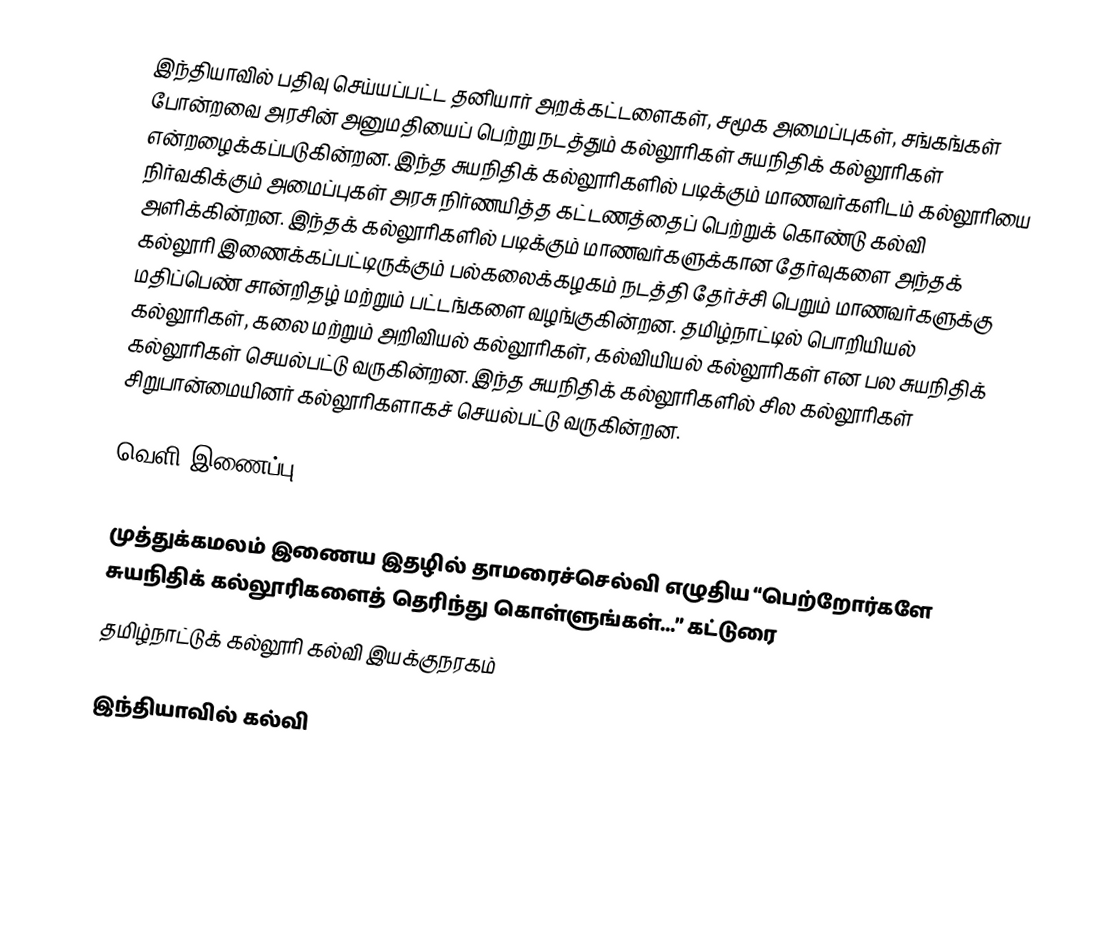
இந்தியாவில் பதிவு செய்யப்பட்ட தனியார் அறக்கட்டளைகள், சமூக அமைப்புகள், சங்கங்கள் போன்றவை அரசின் அனுமதியைப் பெற்று நடத்தும் கல்லூரிகள் சுயநிதிக் கல்லூரிகள் என்றழைக்கப்படுகின்றன. இந்த சுயநிதிக் கல்லூரிகளில் படிக்கும் மாணவர்களிடம் கல்லூரியை நிர்வகிக்கும் அமைப்புகள் அரசு நிர்ணயித்த கட்டணத்தைப் பெற்றுக் கொண்டு கல்வி அளிக்கின்றன. இந்தக் கல்லூரிகளில் படிக்கும் மாணவர்களுக்கான தேர்வுகளை அந்தக் கல்லூரி இணைக்கப்பட்டிருக்கும் பல்கலைக்கழகம் நடத்தி தேர்ச்சி பெறும் மாணவர்களுக்கு மதிப்பெண் சான்றிதழ் மற்றும் பட்டங்களை வழங்குகின்றன. தமிழ்நாட்டில் பொறியியல் கல்லூரிகள், கலை மற்றும் அறிவியல் கல்லூரிகள், கல்வியியல் கல்லூரிகள் என பல சுயநிதிக் கல்லூரிகள் செயல்பட்டு வருகின்றன. இந்த சுயநிதிக் கல்லூரிகளில் சில கல்லூரிகள் சிறுபான்மையினர் கல்லூரிகளாகச் செயல்பட்டு வருகின்றன.

வெளி இணைப்பு

முத்துக்கமலம் இணைய இதழில் தாமரைச்செல்வி எழுதிய “பெற்றோர்களே சுயநிதிக் கல்லூரிகளைத் தெரிந்து கொள்ளுங்கள்...” கட்டுரை
 தமிழ்நாட்டுக் கல்லூரி கல்வி இயக்குநரகம்

இந்தியாவில் கல்வி